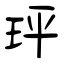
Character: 玶